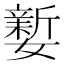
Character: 𡣎